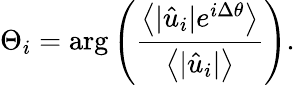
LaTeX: \Theta_{i}=\mathrm{arg}\left(\frac{\left\langle|\hat{u}_{i}|e^{i\Delta\theta}\right\rangle}{\left\langle|\hat{u}_{i}|\right\rangle}\right).